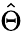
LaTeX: \hat{\Theta}